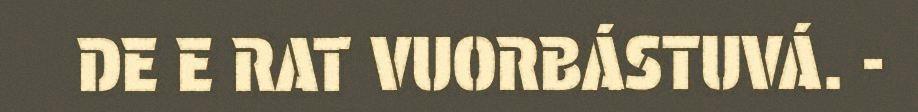
DE E RAT VUORBÁSTUVÁ. -